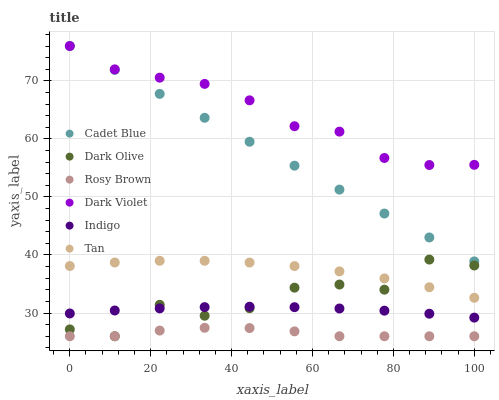
| xaxis_label | Cadet Blue | Dark Olive | Rosy Brown | Dark Violet | Indigo | Tan |
 | --- | --- | --- | --- | --- | --- | --- |
 | 0 | 76 | 27.2 | 26 | 76 | 29.9 | 38.1 |
 | 11.1 | 71.9 | 26 | 26 | 72 | 30.4 | 38.7 |
 | 22.2 | 67.8 | 31.4 | 27 | 70.5 | 30.8 | 39 |
 | 33.3 | 63.6 | 29.5 | 27.5 | 69.5 | 31 | 39 |
 | 44.4 | 59.5 | 30.8 | 27.4 | 66.6 | 31.1 | 38.7 |
 | 55.6 | 55.4 | 34.4 | 26.8 | 62.2 | 31 | 38.1 |
 | 66.7 | 51.3 | 34.9 | 26 | 61.3 | 30.8 | 37.2 |
 | 77.8 | 47.1 | 34 | 26 | 56.7 | 30.4 | 36 |
 | 88.9 | 43 | 39.2 | 26 | 55.5 | 29.9 | 34.4 |
 | 100 | 38.9 | 38.2 | 26 | 55.5 | 29.2 | 32.6 |